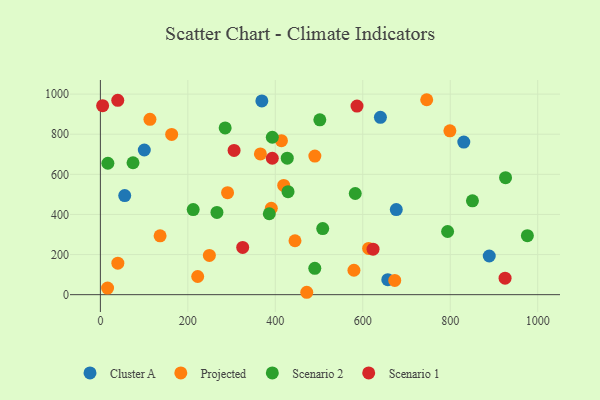
{"axis": {"x": "Ad Spend", "y": "Salary"}, "legend": ["Cluster A", "Projected", "Scenario 1", "Scenario 2"], "data": [{"x": "640.3", "y": 884.3, "type": "Cluster A"}, {"x": "831.0", "y": 760.7, "type": "Cluster A"}, {"x": "657.2", "y": 74.5, "type": "Cluster A"}, {"x": "100.4", "y": 721.4, "type": "Cluster A"}, {"x": "676.6", "y": 424.1, "type": "Cluster A"}, {"x": "55.6", "y": 493.9, "type": "Cluster A"}, {"x": "369.2", "y": 966.2, "type": "Cluster A"}, {"x": "889.2", "y": 192.7, "type": "Cluster A"}, {"x": "799.2", "y": 816.7, "type": "Projected"}, {"x": "222.5", "y": 90.6, "type": "Projected"}, {"x": "249.2", "y": 195.4, "type": "Projected"}, {"x": "16.4", "y": 33.0, "type": "Projected"}, {"x": "445.0", "y": 268.7, "type": "Projected"}, {"x": "673.1", "y": 70.8, "type": "Projected"}, {"x": "163.0", "y": 799.2, "type": "Projected"}, {"x": "746.2", "y": 972.0, "type": "Projected"}, {"x": "390.8", "y": 430.9, "type": "Projected"}, {"x": "579.8", "y": 121.6, "type": "Projected"}, {"x": "613.4", "y": 230.4, "type": "Projected"}, {"x": "113.3", "y": 874.3, "type": "Projected"}, {"x": "39.9", "y": 156.9, "type": "Projected"}, {"x": "414.0", "y": 767.9, "type": "Projected"}, {"x": "290.8", "y": 508.4, "type": "Projected"}, {"x": "490.4", "y": 690.8, "type": "Projected"}, {"x": "471.9", "y": 11.9, "type": "Projected"}, {"x": "419.2", "y": 544.8, "type": "Projected"}, {"x": "365.9", "y": 701.7, "type": "Projected"}, {"x": "136.5", "y": 293.2, "type": "Projected"}, {"x": "429.1", "y": 513.4, "type": "Scenario 2"}, {"x": "976.4", "y": 294.1, "type": "Scenario 2"}, {"x": "393.1", "y": 785.0, "type": "Scenario 2"}, {"x": "285.3", "y": 831.2, "type": "Scenario 2"}, {"x": "490.3", "y": 131.3, "type": "Scenario 2"}, {"x": "794.0", "y": 314.9, "type": "Scenario 2"}, {"x": "582.8", "y": 504.3, "type": "Scenario 2"}, {"x": "926.5", "y": 583.5, "type": "Scenario 2"}, {"x": "850.8", "y": 467.7, "type": "Scenario 2"}, {"x": "508.4", "y": 329.6, "type": "Scenario 2"}, {"x": "266.5", "y": 409.9, "type": "Scenario 2"}, {"x": "74.6", "y": 657.7, "type": "Scenario 2"}, {"x": "17.1", "y": 655.2, "type": "Scenario 2"}, {"x": "386.2", "y": 403.4, "type": "Scenario 2"}, {"x": "501.8", "y": 872.0, "type": "Scenario 2"}, {"x": "212.2", "y": 424.1, "type": "Scenario 2"}, {"x": "427.3", "y": 680.7, "type": "Scenario 2"}, {"x": "305.7", "y": 719.4, "type": "Scenario 1"}, {"x": "623.5", "y": 226.6, "type": "Scenario 1"}, {"x": "586.8", "y": 940.5, "type": "Scenario 1"}, {"x": "5.1", "y": 942.5, "type": "Scenario 1"}, {"x": "925.4", "y": 82.0, "type": "Scenario 1"}, {"x": "393.1", "y": 680.2, "type": "Scenario 1"}, {"x": "325.4", "y": 235.5, "type": "Scenario 1"}, {"x": "39.7", "y": 968.9, "type": "Scenario 1"}]}